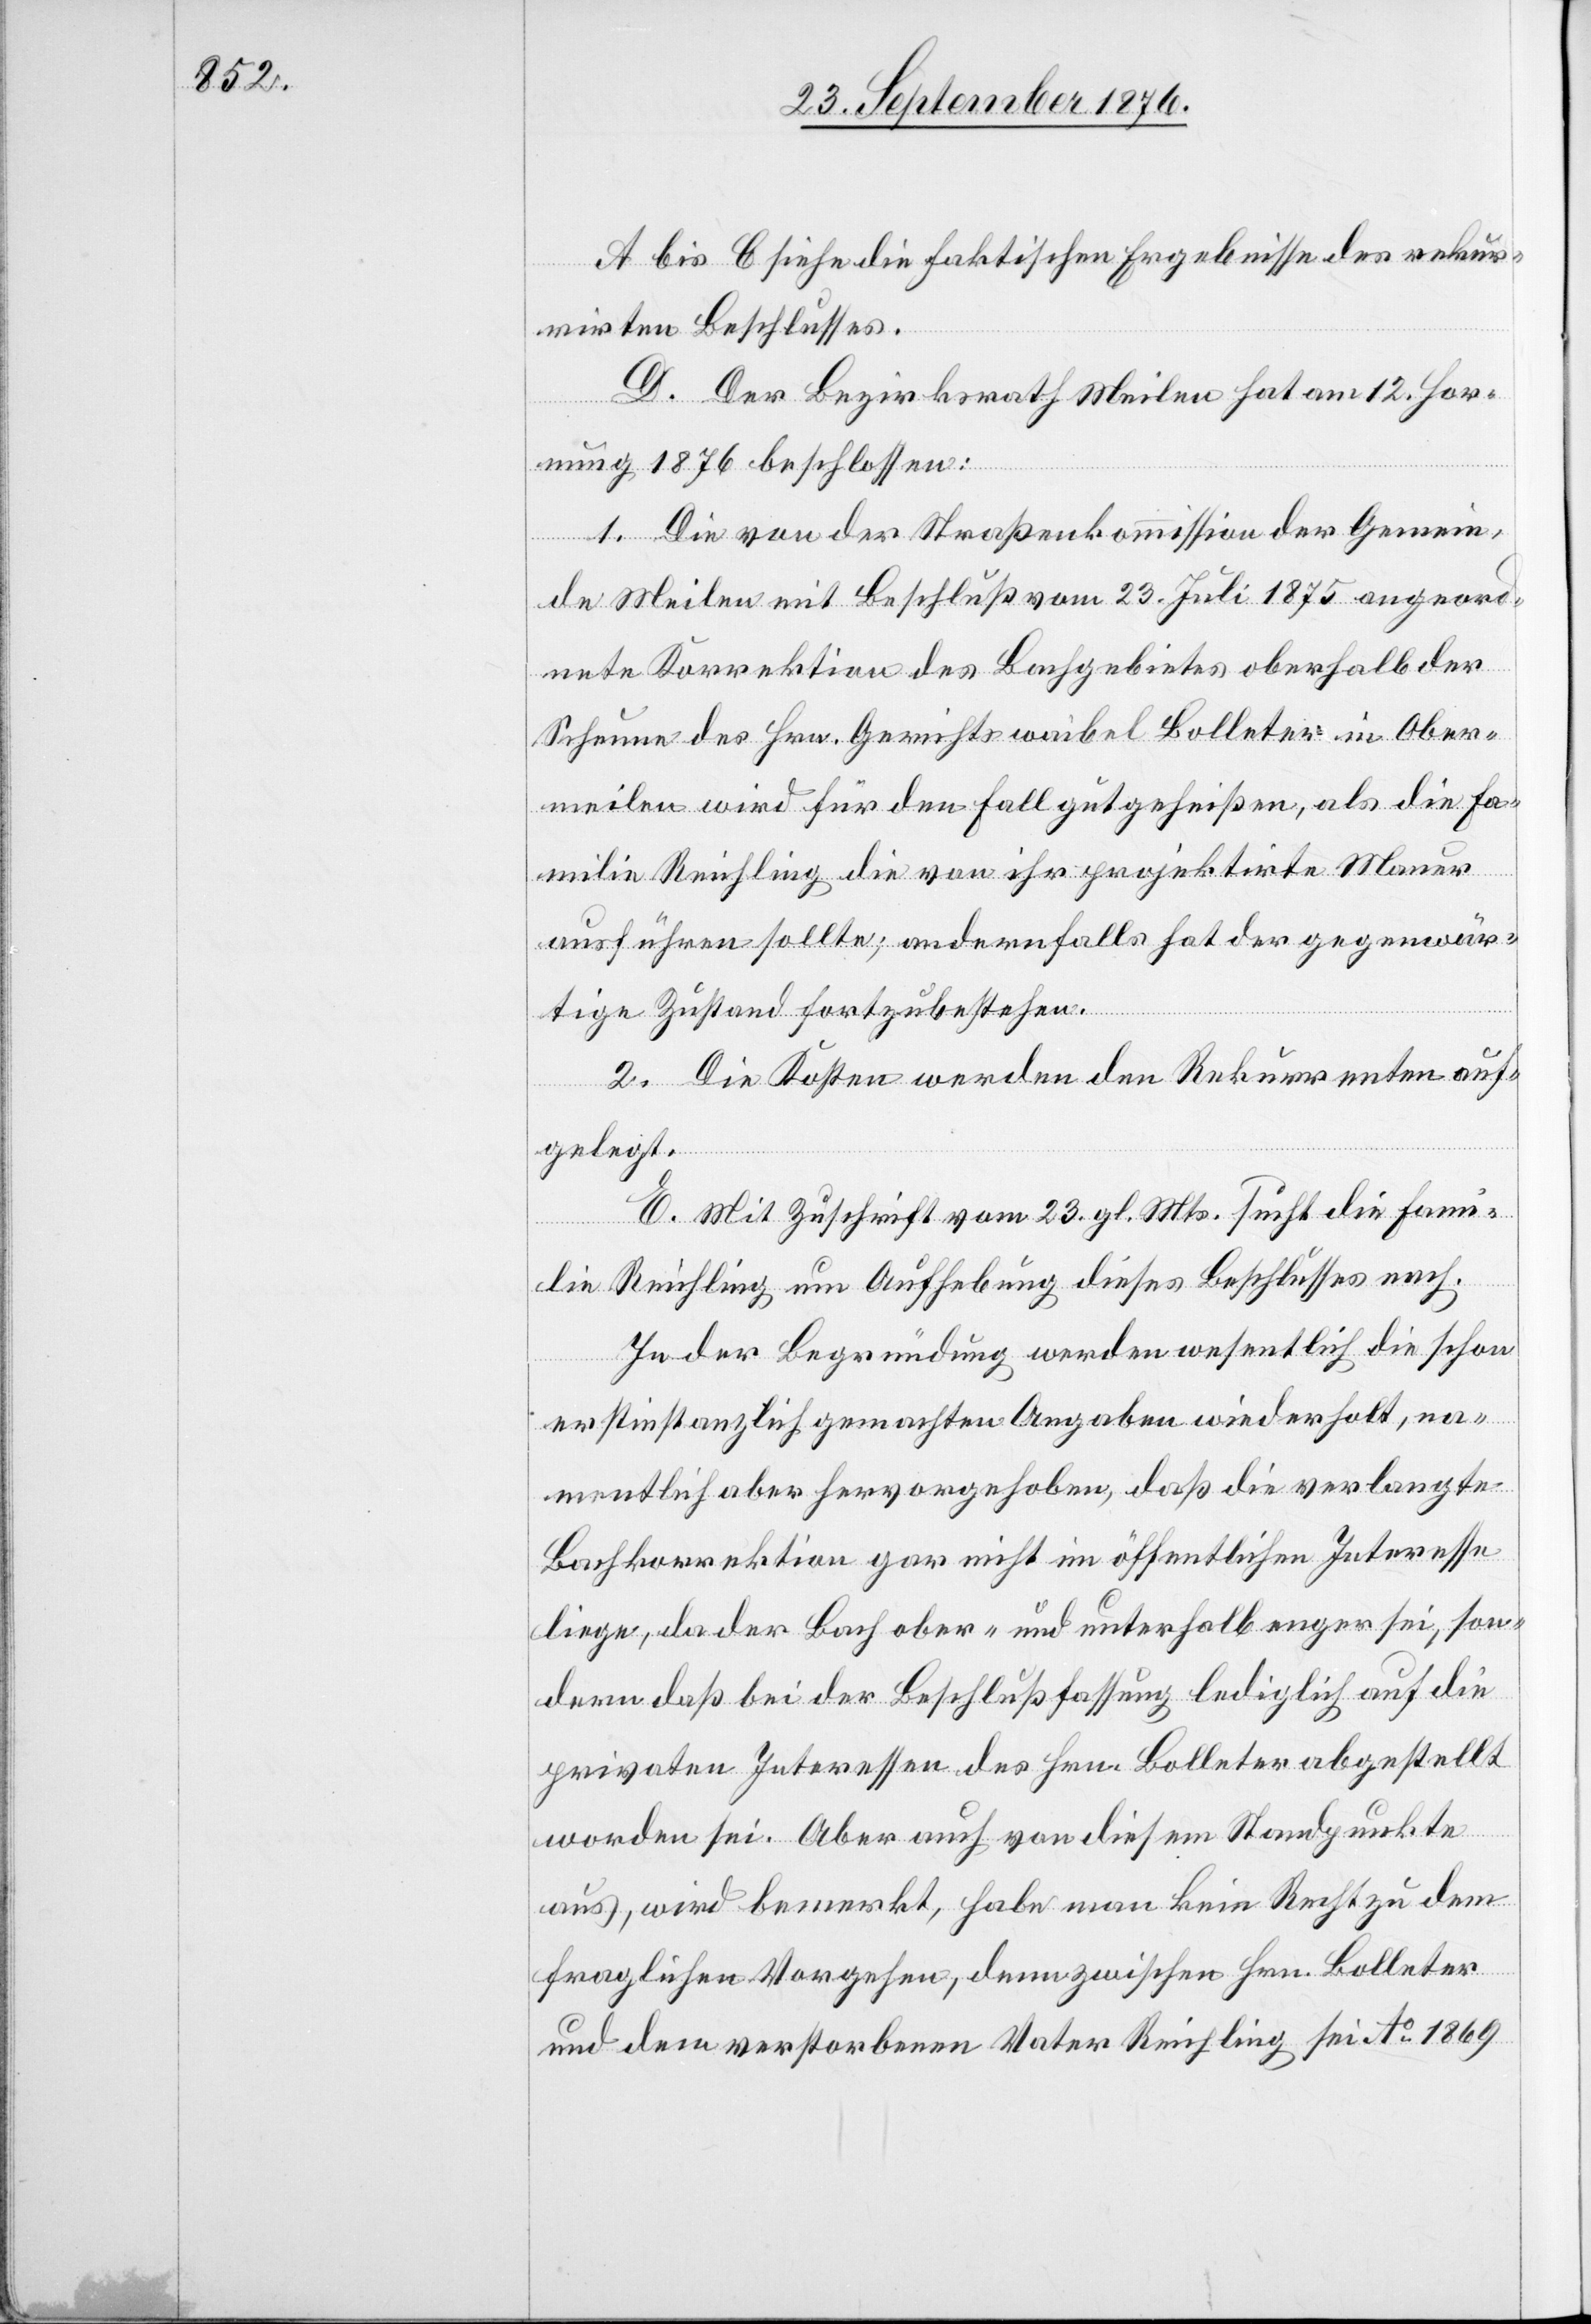
A bis C siehe die faktischen Ergebnisse des rekur¬
rirten Beschlusses.
D. Der Bezirksrath Meilen hat am 12. Hor¬
nung 1876 beschlossen:
1. Die von der Straßenkommission der Gemein¬
de Meilen mit Beschluß vom 23. Juli 1875 angeord¬
nete Korrektion des Bachgebietes oberhalb der
Scheune des Hrn. Gerichtsweibel Bolleter in Ober¬
meilen wird für den Fall gutgeheißen, als die Fa¬
milie Reichling die von ihr projektirte Mauer
ausführen sollte; andernfalls hat der gegenwär¬
tige Zustand fortzubestehen.
2. Die Kosten werden den Rekurrenten auf¬
gelegt.
E. Mit Zuschrift vom 23. gl. Mts. sucht die Fami¬
lie Reichling um Aufhebung dieses Beschlusses nach.
In der Begründung werden wesentlich die schon
erstinstanzlich gemachten Angaben wiederholt na¬
mentlich aber hervorgehoben, daß die verlangte
Bachkorrektion gar nicht im öffentlichen Interesse
liege, da der Bach ober- und unterhalb enger sei, son¬
dern daß bei der Beschlußfassung lediglich auf die
privaten Interessen des Hrn. Bolleter abgestellt
worden sei. Aber auch von diesem Standpunkte
aus, wird bemerkt, habe man kein Recht zu dem
fraglichen Vorgehen, denn zwischen Hrn. Bolleter
und dem verstorbenen Vater Reichling sei Ao 1869